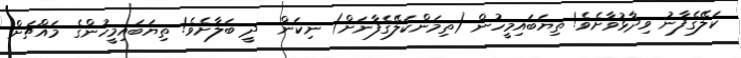
ކަލޭގެފާނު ވިދާޅުވާށެވެ! ތިޔަބައިމީހުން (ތިމަންކަލޭގެފާނަށް) ނިކަން  ދީ ބަލާށެވެ! ތިޔަބައިމީހުންގެ މައްޗަށް